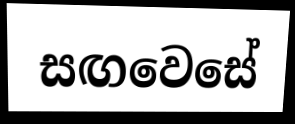
සඟවෙසේ